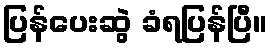
ပြန်ပေးဆွဲ ခံရပြန်ပြီ။